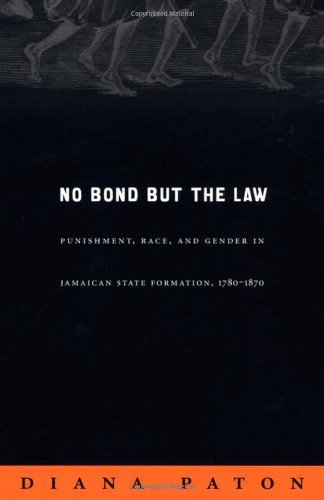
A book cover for No Bond but the Law: Punishment, Race, and Gender in Jamaican State Formation, 1780EE1870 (Next Wave: New Directions in Women's Studies); Diana Paton; Law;